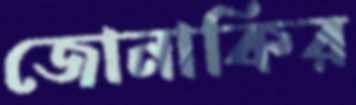
জোনাকির